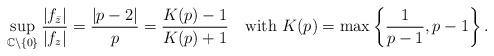
LaTeX: \begin{align*}\sup_{\mathbb C\setminus\{0\}} \frac{|f_{\bar z}|} {|f_{ z}|}= \frac{|p-2|}p =\frac{K(p)-1}{K(p)+1} \quad\mbox{with } K(p)=\max\left\{\frac1{p-1},p-1\right\}.\end{align*}